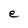
Character: e